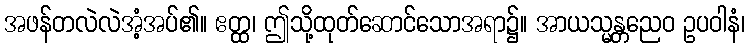
အဖန်တလဲလဲအံ့အပ်၏။ ဧတ္ထ၊ ဤသို့ထုတ်ဆောင်သောအရာ၌။ အာယသ္မန္တညေဝ ဥပဝါနံ၊